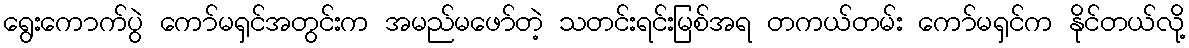
ရွေးကောက်ပွဲ ကော်မရှင်အတွင်းက အမည်မဖော်တဲ့ သတင်းရင်းမြစ်အရ တကယ်တမ်း ကော်မရှင်က နိုင်တယ်လို့